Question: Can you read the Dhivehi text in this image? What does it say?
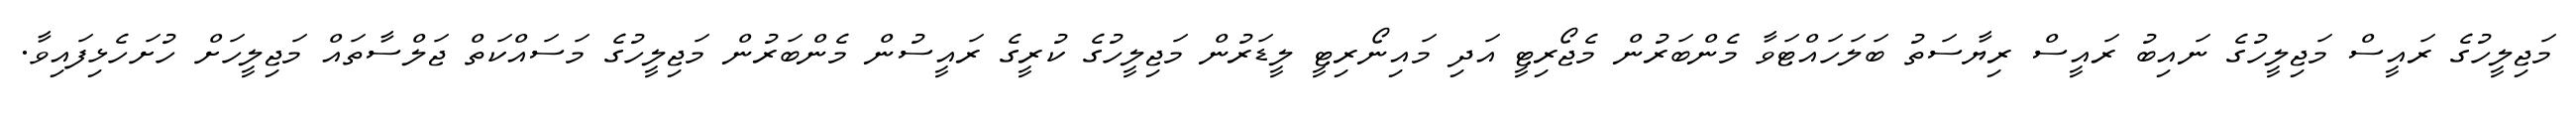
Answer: މަޖިލީހުގެ ރައީސް މަޖިލީހުގެ ނައިބު ރައީސް ރިޔާސަތު ބަލަހައްޓަވާ މެންބަރުން މެޖޯރިޓީ އަދި މައިނޯރިޓީ ލީޑަރުން މަޖިލީހުގެ ކުރީގެ ރައީސުން މެންބަރުން މަޖިލީހުގެ މަސައްކަތް ޖަލްސާތައް މަޖިލީހަށް ހުށަހެޅިފައިވާ.